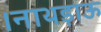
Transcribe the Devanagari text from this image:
।नाथड़ाऊ